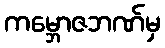
ကမ္ဘောဇဘဏ်မှ